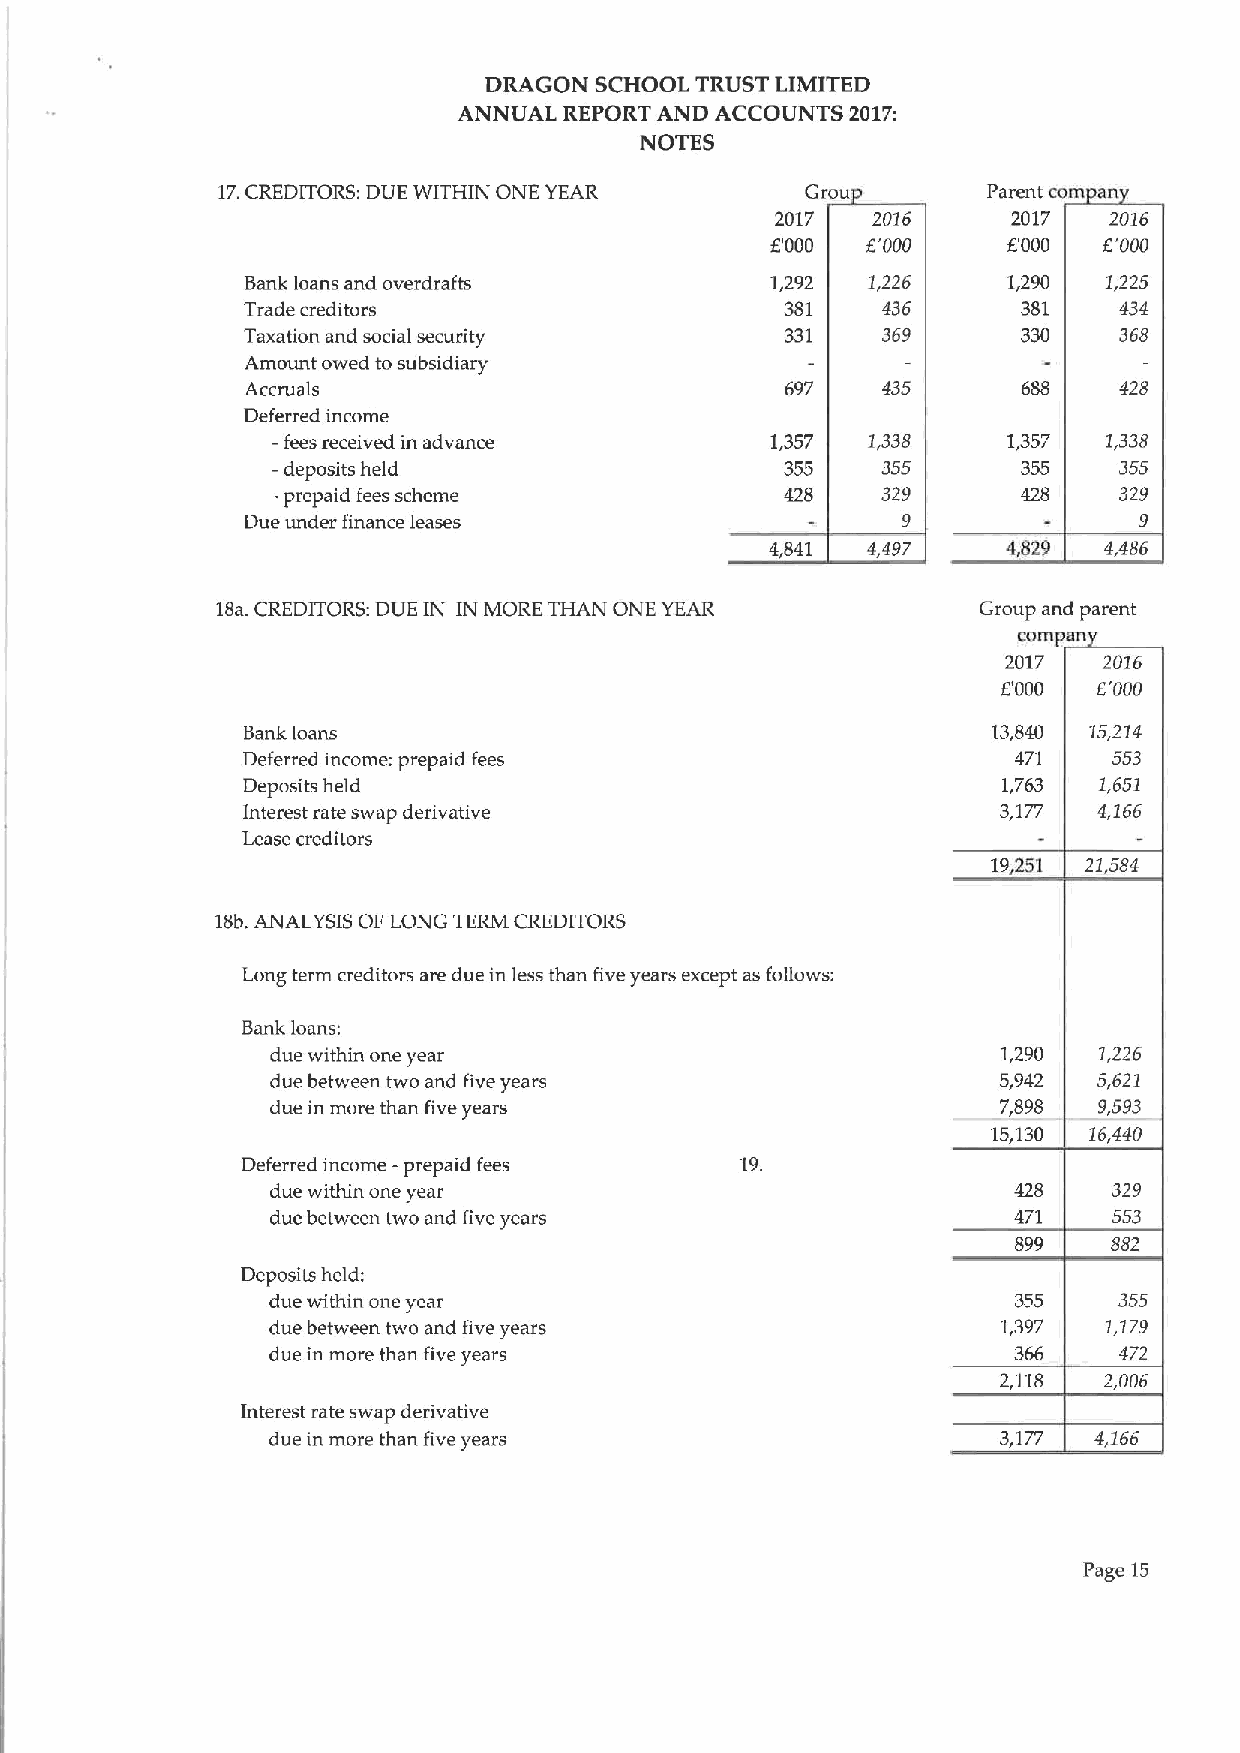
DRAGON SCHOOL TRUST LIMITED
 ANNUAL REPORT AND ACCOUNTS 2017:
 NOTES
 17.CREDITORS: DUE WITHIN ONE YEAR      Grou        Parent com an
 2017   2016     2017  2016
 6'000 6'000     6'000 6'000
 Bank loans and overdrafts          1,292 1,226     1,290 1,225
 Trade creditors                     381   436       381   434
 Taxation and social security        331   369       330   368
 Amount owed to subsidiary
 Accruals                            697   435       688   428
 Deferred income
 -fees received in advance        1,357 1,338     1,357 1,338
 -deposits held                    355   355       355   355
 -prepaid fees scheme              428   329       428   329
 Due under finance leases                    9              9
 4,841 4,497     4,829 4,486
 18a.CREDITORS: DUE IN IN MORE THAN ONE YEAR        Group and parent
 corn pan
 2017  2016
 6'000  6'000
 Bank loans                                        13,840 15,214
 Deferred income: prepaid fees                      471    553
 Deposits held                                     1,763  1,651
 Interest rate swap derivative                     3,177  4,166
 Lease creditors
 19,251 21,584
 18b.ANALYSIS OF LONG TERM CREDITORS
 Long term creditors are due in less than five years except as follows:
 Bank loans:
 due within one year                             1,290  1,226
 due between two and five years                  5,942  5,621
 due in more than five years                     7,898  9,593
 15,130 16,440
 Deferred income —prepaid fees    19.
 due within one year                              428    329
 due between two and five years                   471    553
 899    882
 Deposits held:
 due within one year                              355    355
 due between two and five years                  1,397  1,179
 due in more than five years                      366    472
 2,118  2,006
 Interest rate swap derivative
 due in more than five years                     3,177 4,166
 Page 15